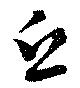
丘